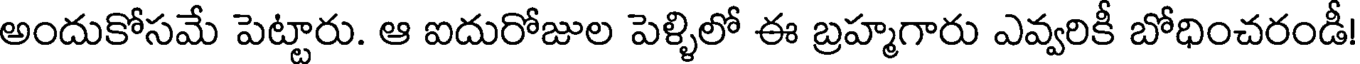
అందుకోసమే పెట్టారు. ఆ ఐదురోజుల పెళ్ళిలో ఈ బ్రహ్మగారు ఎవ్వరికీ బోధించరండీ